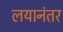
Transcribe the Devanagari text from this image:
लयानंतर